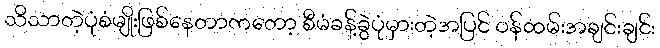
သိသာတဲ့ပုံစံမျိုးဖြစ်နေတာကတော့ စီမံခန့်ခွဲပုံမှားတဲ့အပြင် ဝန်ထမ်းအချင်းချင်း